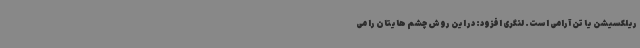
ریلکسیشن یا تن آرامی است. لنگری افزود: در این روش چشم هایتان را می